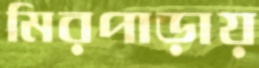
মিরপাড়ায়